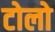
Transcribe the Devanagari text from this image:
टोलो